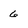
Character: 6